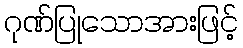
ဂုဏ်ပြုသောအားဖြင့်